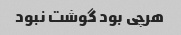
هرچی بود گوشت نبود